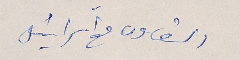
التعاون مع اسرائيل